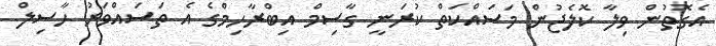
އެގޮތުން ވިލާ ކޮލެޖުން މަސައްކަތް ކުރަނީ ގާސިމް އިބްރާހިމްގެ އެ ތަސައްވަރު ހާސިލް